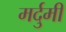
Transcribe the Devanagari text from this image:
मर्दुमी